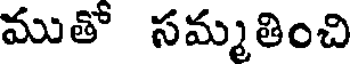
ముతో సమ్మతించి